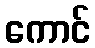
ကောင်